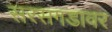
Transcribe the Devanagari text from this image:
सरसगडावर